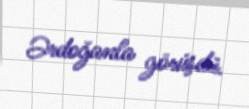
Ərdoğanla görüşdü.